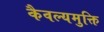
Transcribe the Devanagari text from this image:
कैवल्यमुक्ति